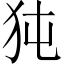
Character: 㹠